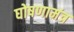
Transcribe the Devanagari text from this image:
घोषणामंत्र